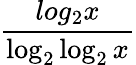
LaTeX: \frac{log_{2}{x}}{\log_{2}\log_{2}{x}}